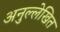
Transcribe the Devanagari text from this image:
अनुल्लेखित